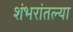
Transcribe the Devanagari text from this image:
शंभरांतल्या